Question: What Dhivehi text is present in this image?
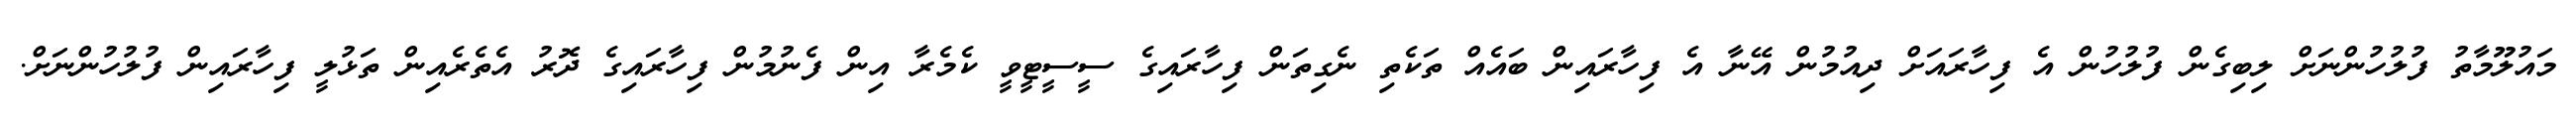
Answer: މައުލޫމާތު ފުލުހުންނަށް ލިބިގެން ފުލުހުން އެ ފިހާރައަށް ދިއުމުން އޭނާ އެ ފިހާރައިން ބައެއް ތަކެތި ނެގިތަން ފިހާރައިގެ ސީސީޓީވީ ކެމެރާ އިން ފެނުމުން ފިހާރައިގެ ދޮރު އެތެރެއިން ތަޅުލީ ފިހާރައިން ފުލުހުންނަށް.